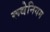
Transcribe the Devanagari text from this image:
रूथेनियम